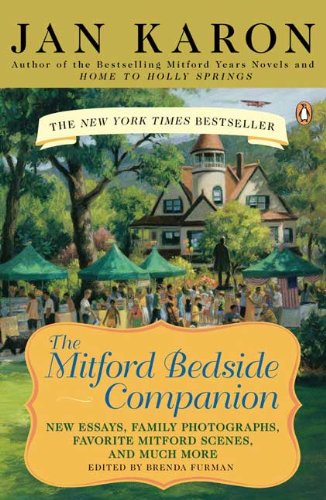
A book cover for The Mitford Bedside Companion: A Treasury of Favorite Mitford Moments; Jan Karon; Literature & Fiction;